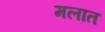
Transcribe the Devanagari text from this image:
मलात